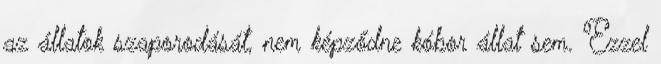
az állatok szaporodását, nem képződne kóbor állat sem. Ezzel